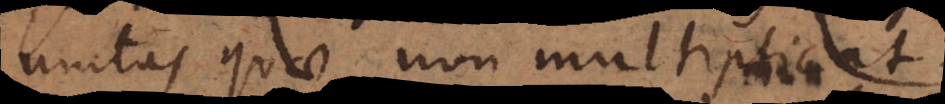
nitas quae non multiplicat.